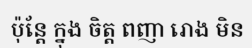
ប៉ុន្តែ ក្នុង ចិត្ត ពញា រោង មិន